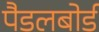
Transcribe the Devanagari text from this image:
पैडलबोर्ड